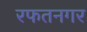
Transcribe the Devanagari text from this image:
रफतनगर